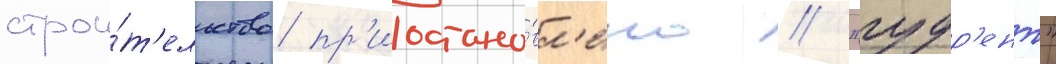
строи́т'ельство пр'иостано́вл'ено // "гудр'ент"